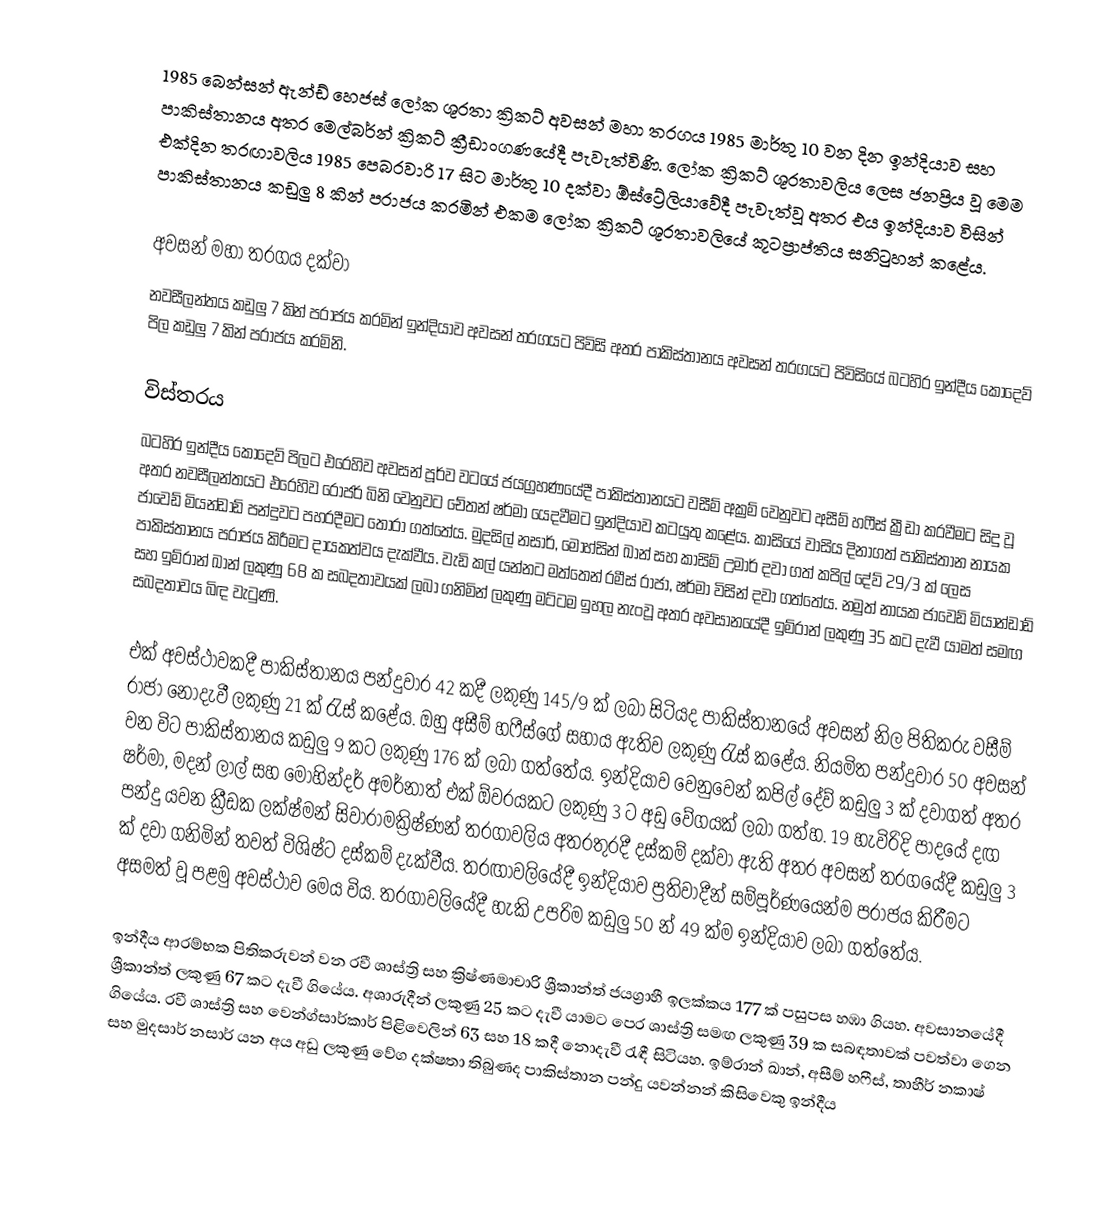
1985 බෙන්සන් ඇන්ඩ් හෙජස් ලෝක ශූරතා ක්‍රිකට් අවසන් මහා තරගය 1985 මාර්තු 10 වන දින ඉන්දියාව සහ පාකිස්තානය අතර මෙල්බර්න් ක්‍රිකට් ක්‍රීඩාංගණයේදී පැවැත්විණි. ලෝක ක්‍රිකට් ශූරතාවලිය ලෙස ජනප්‍රිය වූ මෙම එක්දින තරඟාවලිය 1985 පෙබරවාරි 17 සිට මාර්තු 10 දක්වා ඕස්ට්‍රේලියාවේදී පැවැත්වූ අතර එය ඉන්දියාව විසින් පාකිස්තානය කඩුලු 8 කින් පරාජය කරමින් එකම ලෝක ක්‍රිකට් ශූරතාවලියේ කූටප්‍රාප්තිය සනිටුහන් කළේය.

අවසන් මහා තරගය දක්වා
නවසීලන්තය කඩුලු 7 කින් පරාජය කරමින් ඉන්දියාව අවසන් තරගයට පිවිසි අතර පාකිස්තානය අවසන් තරගයට පිවිසියේ බටහිර ඉන්දීය කොදෙව් පිල කඩුලු 7 කින් පරාජය කරමිනි.

විස්තරය
බටහිර ඉන්දීය කොදෙව් පිලට එරෙහිව අවසන් පූර්ව වටයේ ජයග්‍රහණයේදී පාකිස්තානයට වසීම් අක්‍රම් වෙනුවට අසීම් ​​හෆීස් ක්‍රීඩා කරවීමට සිදු වූ අතර නවසීලන්තයට එරෙහිව රොජර් බිනි වෙනුවට චේතන් ෂර්මා යෙදවීමට ඉන්දියාව කටයුතු කළේය. කාසියේ වාසිය දිනාගත් පාකිස්තාන නායක ජාවෙඩ් මියන්ඩාඩ් පන්දුවට පහරදීමට තෝරා ගත්තේය. මුදසිල් නසාර්, මොහ්සින් ඛාන් සහ කාසිම් උමාර් දවා ගත් කපිල් දේව් 29/3 ක් ලෙස පාකිස්තානය පරාජය කිරීමට දායකත්වය දැක්වීය. වැඩි කල් යන්නට මත්තෙන් රමීස් රාජා, ෂර්මා විසින් දවා ගත්තේය. නමුත් නායක ජාවෙඩ් මියාන්ඩාඩ් සහ ඉම්රාන් ඛාන් ලකුණු 68 ක සබදතාවයක් ලබා ගනිමින් ලකුණු මට්ටම ඉහල නැංවූ අතර අවසානයේදී ඉම්රාන් ලකුණු 35 කට දැවී යාමත් සමඟ සබදතාවය බිඳ වැටුණි.

එක් අවස්ථාවකදී පාකිස්තානය පන්දුවාර 42 කදී ලකුණු 145/9 ක් ලබා සිටියද පාකිස්තානයේ අවසන් නිල පිතිකරු වසීම් රාජා නොදැවී ලකුණු 21 ක් රැස් කළේය. ඔහු අසීම් ​​හෆීස්ගේ සහාය ඇතිව ලකුණු රැස් කළේය. නියමිත පන්දුවාර 50 අවසන් වන විට පාකිස්තානය කඩුලු 9 කට ලකුණු 176 ක් ලබා ගත්තේය. ඉන්දියාව වෙනුවෙන් කපිල් දේව් කඩුලු 3 ක් දවාගත් අතර ෂර්මා, මදන් ලාල් සහ මොහින්දර් අමර්නාත් එක් ඕවරයකට ලකුණු 3 ට අඩු වේගයක් ලබා ගත්හ. 19 හැවිරිදි පාදයේ දඟ පන්දු යවන ක්‍රීඩක ලක්ෂ්මන් සිවාරාමක්‍රිෂ්ණන් තරගාවලිය අතරතුරදී දස්කම් දක්වා ඇති අතර අවසන් තරගයේදී කඩුලු 3 ක් දවා ගනිමින් තවත් විශිෂ්ට දස්කම් දැක්වීය. තරඟාවලියේදී ඉන්දියාව ප්‍රතිවාදීන් සම්පූර්ණයෙන්ම පරාජය කිරීමට අසමත් වූ පළමු අවස්ථාව මෙය විය. තරගාවලියේදී හැකි උපරිම කඩුලු 50 න් 49 ක්ම ඉන්දියාව ලබා ගත්තේය.

ඉන්දීය ආරම්භක පිතිකරුවන් වන රවී ශාස්ත්‍රි සහ ක්‍රිෂ්ණමාචාරි ශ්‍රීකාන්ත් ජයග්‍රාහී ඉලක්කය 177 ක් පසුපස හඹා ගියහ. අවසානයේදී ශ්‍රීකාන්ත් ලකුණු 67 කට දැවී ගියේය. අශාරුදීන් ලකුණු 25 කට දැවී යාමට පෙර ශාස්ත්‍රි සමඟ ලකුණු 39 ක සබඳතාවක් පවත්වා ගෙන ගියේය. රවී ශාස්ත්‍රි සහ වෙන්ග්සාර්කාර් පිළිවෙලින් 63 සහ 18 කදී නොදැවී රැඳී සිටියහ. ඉම්රාන් ඛාන්, අසීම් ​​හෆීස්, තාහීර් නකාෂ් සහ මුදසාර් නසාර් යන අය අඩු ලකුණු වේග දක්ෂතා තිබුණද පාකිස්තාන පන්දු යවන්නන් කිසිවෙකු ඉන්දීය